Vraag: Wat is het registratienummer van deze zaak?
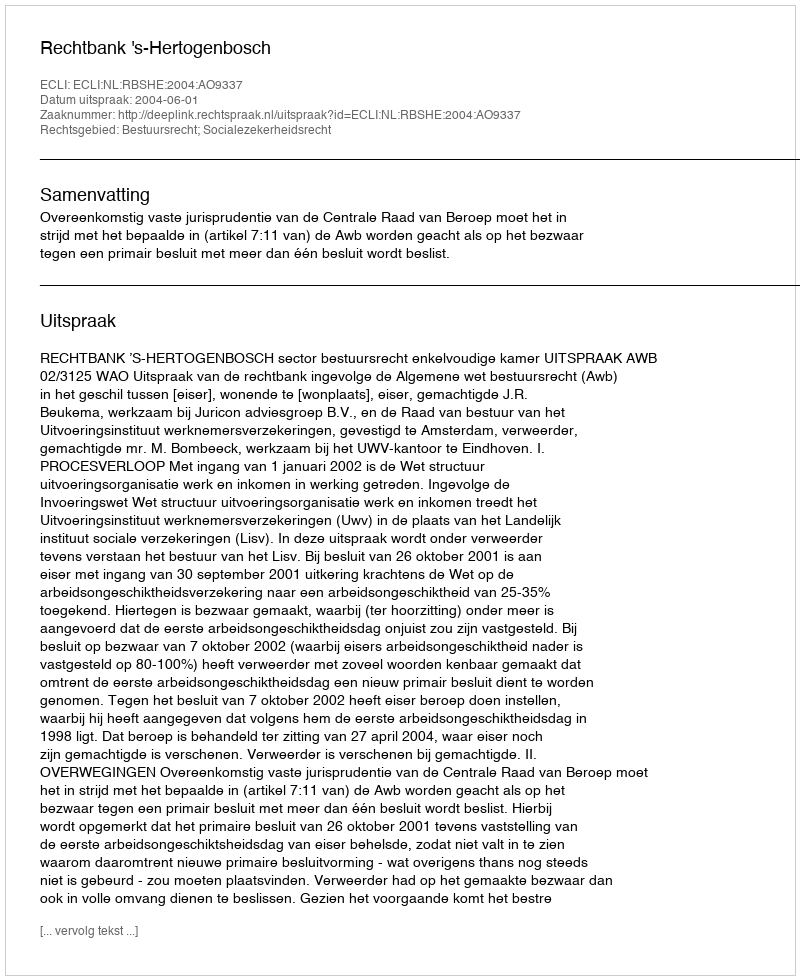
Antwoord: http://deeplink.rechtspraak.nl/uitspraak?id=ECLI:NL:RBSHE:2004:AO9337